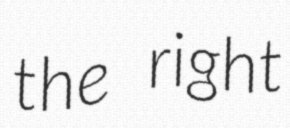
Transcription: the right